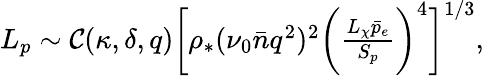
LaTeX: \begin{array}{r}{L_{p}\sim\mathcal{C}(\kappa,\delta,q)\bigg[\rho_{*}(\nu_{0}\bar{n}q^{2})^{2}\bigg(\frac{L_{\chi}\bar{p}_{e}}{S_{p}}\bigg)^{4}\bigg]^{1/3},}\end{array}